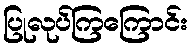
ပြုလုပ်ကြကြောင်း